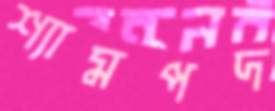
শ্যামপদ